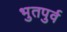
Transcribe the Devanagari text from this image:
भुतपुर्व